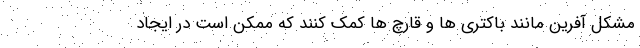
مشکل آفرین مانند باکتری ها و قارچ ها کمک کنند که ممکن است در ایجاد